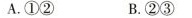
A.①②B.②③